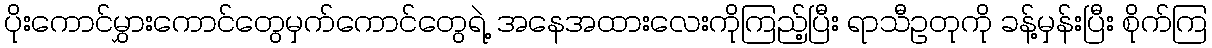
ပိုးကောင်မွှားကောင်တွေမှက်ကောင်တွေရဲ့ အနေအထားလေးကိုကြည့်ပြီး ရာသီဥတုကို ခန့်မှန်းပြီး စိုက်ကြ